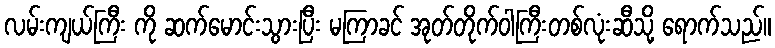
လမ်းကျယ်ကြီး ကို ဆက်မောင်းသွားပြီး မကြာခင် အုတ်တိုက်ဝါကြီးတစ်လုံးဆီသို့ ရောက်သည်။